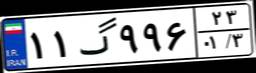
۱۱گ۹۹۶۲۳